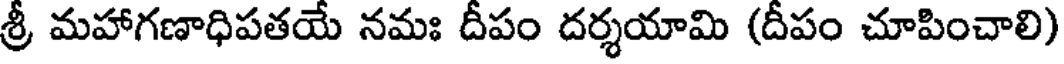
శ్రీ మహాగణాధిపతయే నమః దీపం దర్శయామి (దీపం చూపించాలి)